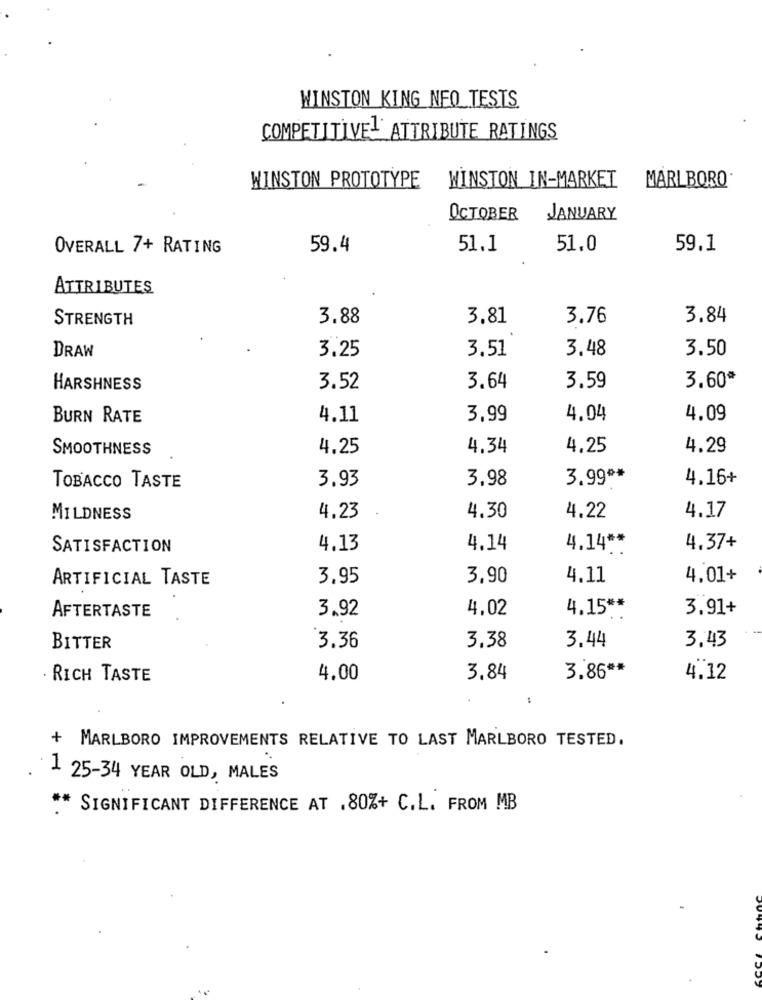
WINSTON KING NEO TESTS.
COMPETITIVE ATTRIBUTE RATINGS
WINSTON PROTOTYPE
WINSTON IN-MARKET
MARLBORO
OCTOBER
JANUARY
OVERALL 7+ RATING
59.4
51.1
51.0
59.1
ATTRIBUTES
STRENGTH
3.88
3,81
3.76
3.84
DRAW
3.25
3.51
3.48
3.50
3.60ª
HARSHNESS
3.52
3.64
3.59
BURN RATE
4.11
3,99
4.04
4.09
SMOOTHNESS
4.25
4.34
4.25
4.29
3.93
3.98
3.99 **
4.16+
TOBACCO TASTE
MILDNESS
4.23
4.30
4.22
4.17
SATISFACTION
4,13
4.14
4.14 **
4.37+
ARTIFICIAL TASTE
3.95
3,90
4.11
4.01+
3.92
4.02
4.15 **
3.91+
AFTERTASTE
3.43
BITTER
3.36
3.38
3.44
3.86 **
RICH TASTE
4.00
3.84
4.12
+ MARLBORO IMPROVEMENTS RELATIVE TO LAST MARLBORO TESTED.
1 25-34 YEAR OLD, MALES
** SIGNIFICANT DIFFERENCE AT .80%+ C.L. FROM MB